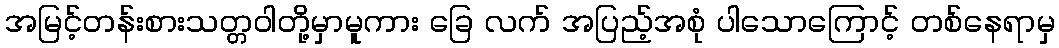
အမြင့်တန်းစားသတ္တဝါတို့မှာမူကား ခြေ လက် အပြည့်အစုံ ပါသောကြောင့် တစ်နေရာမှ